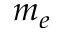
m _ { e }